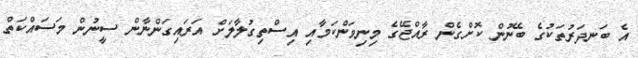
އެ ބަނދަރުތަކުގެ ބޭނުން ކޮށްގެން ރާއްޖޭގެ މިނިވަންކަމާއި އިސްތިގުލާލަށް އަރައިގަންނާން ސީނުން މަސައްކަތް